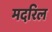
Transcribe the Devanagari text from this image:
मदरिल